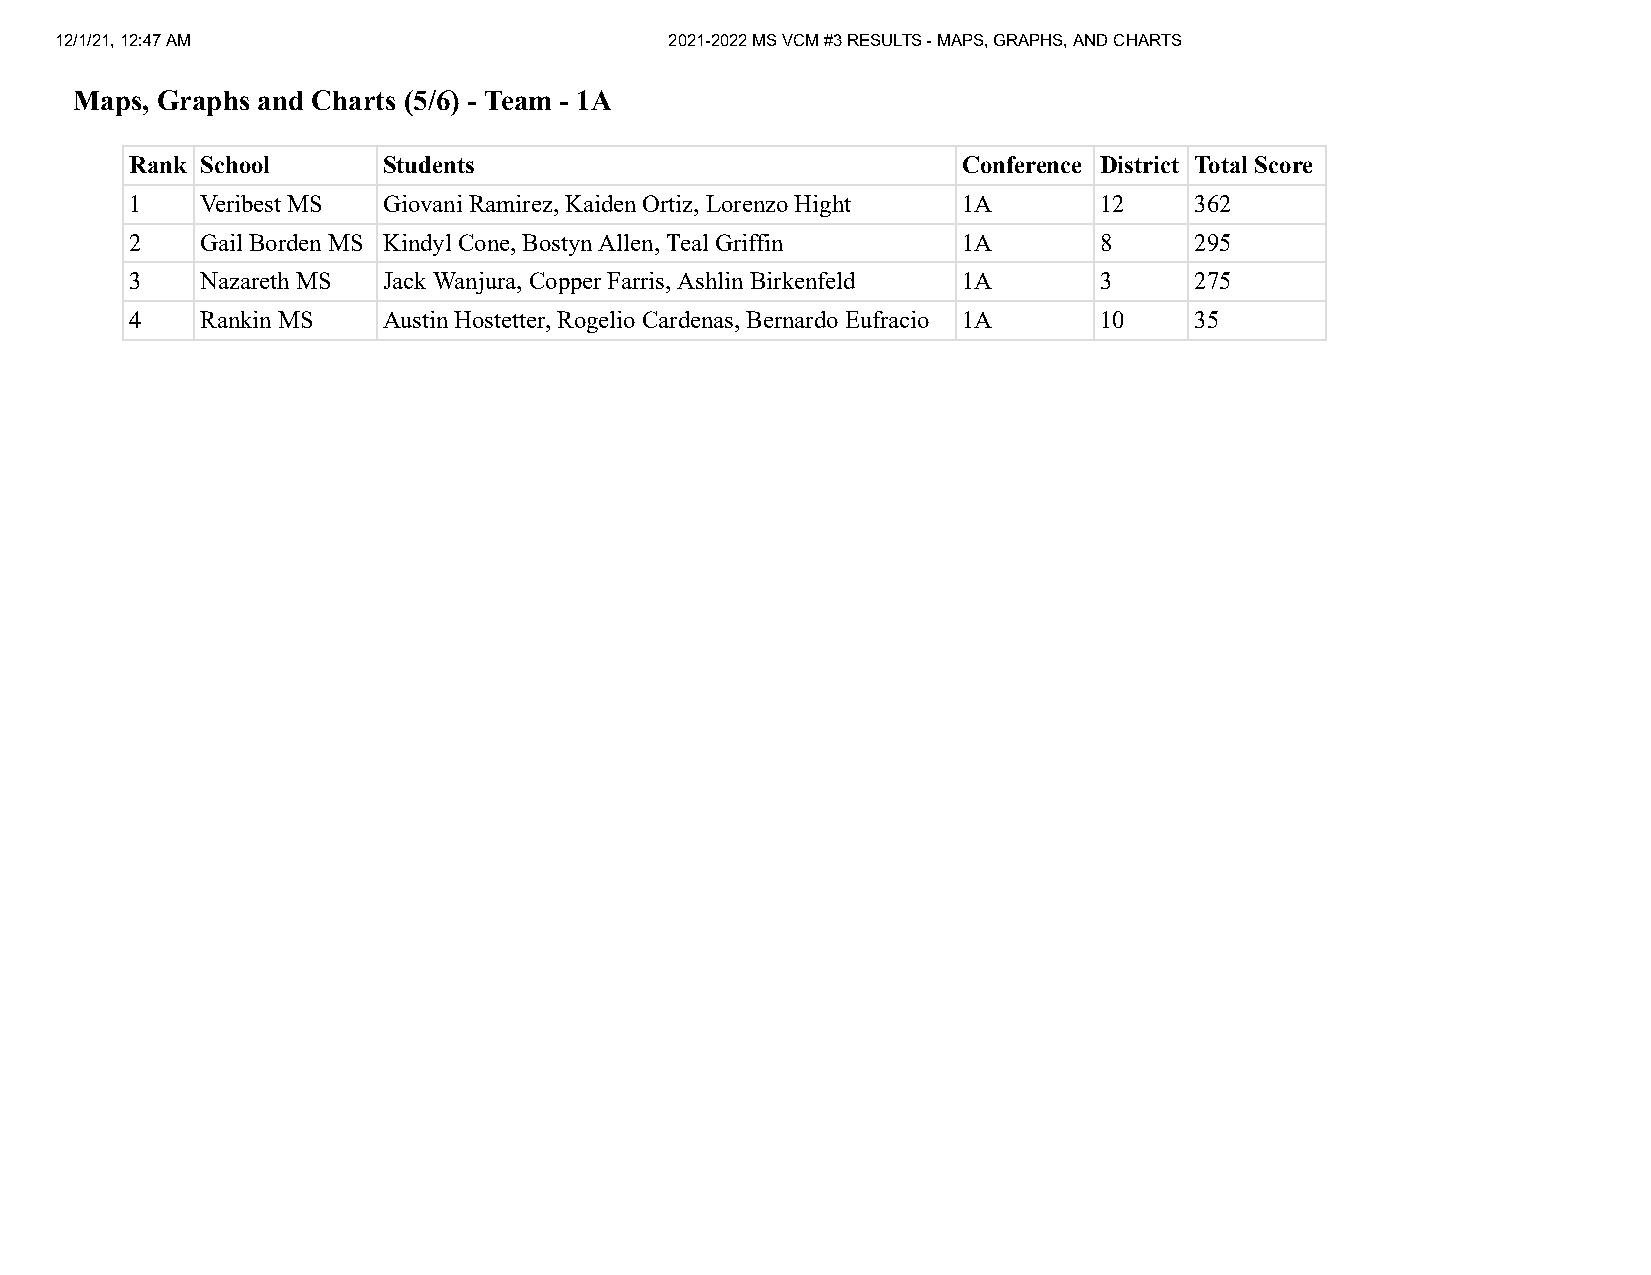
12/1/21, 12:47 AM                       2021-2022 MS VCM #3 RESULTS - MAPS, GRAPHS, AND CHARTS
 Maps, Graphs and Charts (5/6) - Team - 1A
 Rank School     Students                               Conference District Total Score
 1   Veribest MS Giovani Ramirez, Kaiden Ortiz, Lorenzo Hight 1A 12    362
 2   Gail Borden MS Kindyl Cone, Bostyn Allen, Teal Griffin 1A   8     295
 3   Nazareth MS Jack Wanjura, Copper Farris, Ashlin Birkenfeld 1A 3   275
 4   Rankin MS   Austin Hostetter, Rogelio Cardenas, Bernardo Eufracio 1A 10 35